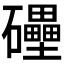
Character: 𥗬